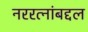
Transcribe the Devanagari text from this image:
नररत्नांबद्दल